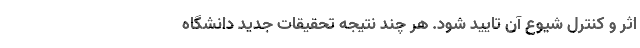
اثر و کنترل شیوع آن تایید شود. هر چند نتیجه تحقیقات جدید دانشگاه